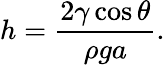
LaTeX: h={\frac{2\gamma\cos\theta}{\rho ga}}.